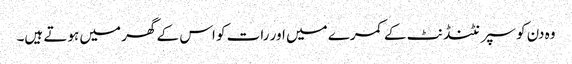
وہ دن کو سپرنٹنڈنٹ کے کمرے میں اور رات کو اس کے گھر میں ہوتے ہیں۔